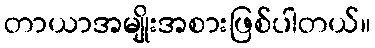
တာယာအမျိုးအစားဖြစ်ပါတယ်။